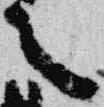
言